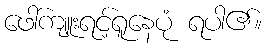
ဖေါ်ကျူးရင့်ရူနေပုံ ရပါ၏။